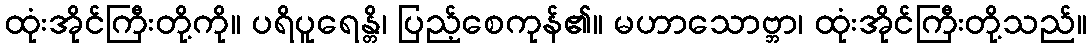
ထုံးအိုင်ကြီးတို့ကို။ ပရိပူရေန္တိ၊ ပြည့်စေကုန်၏။ မဟာသောဗ္ဘာ၊ ထုံးအိုင်ကြီးတို့သည်။